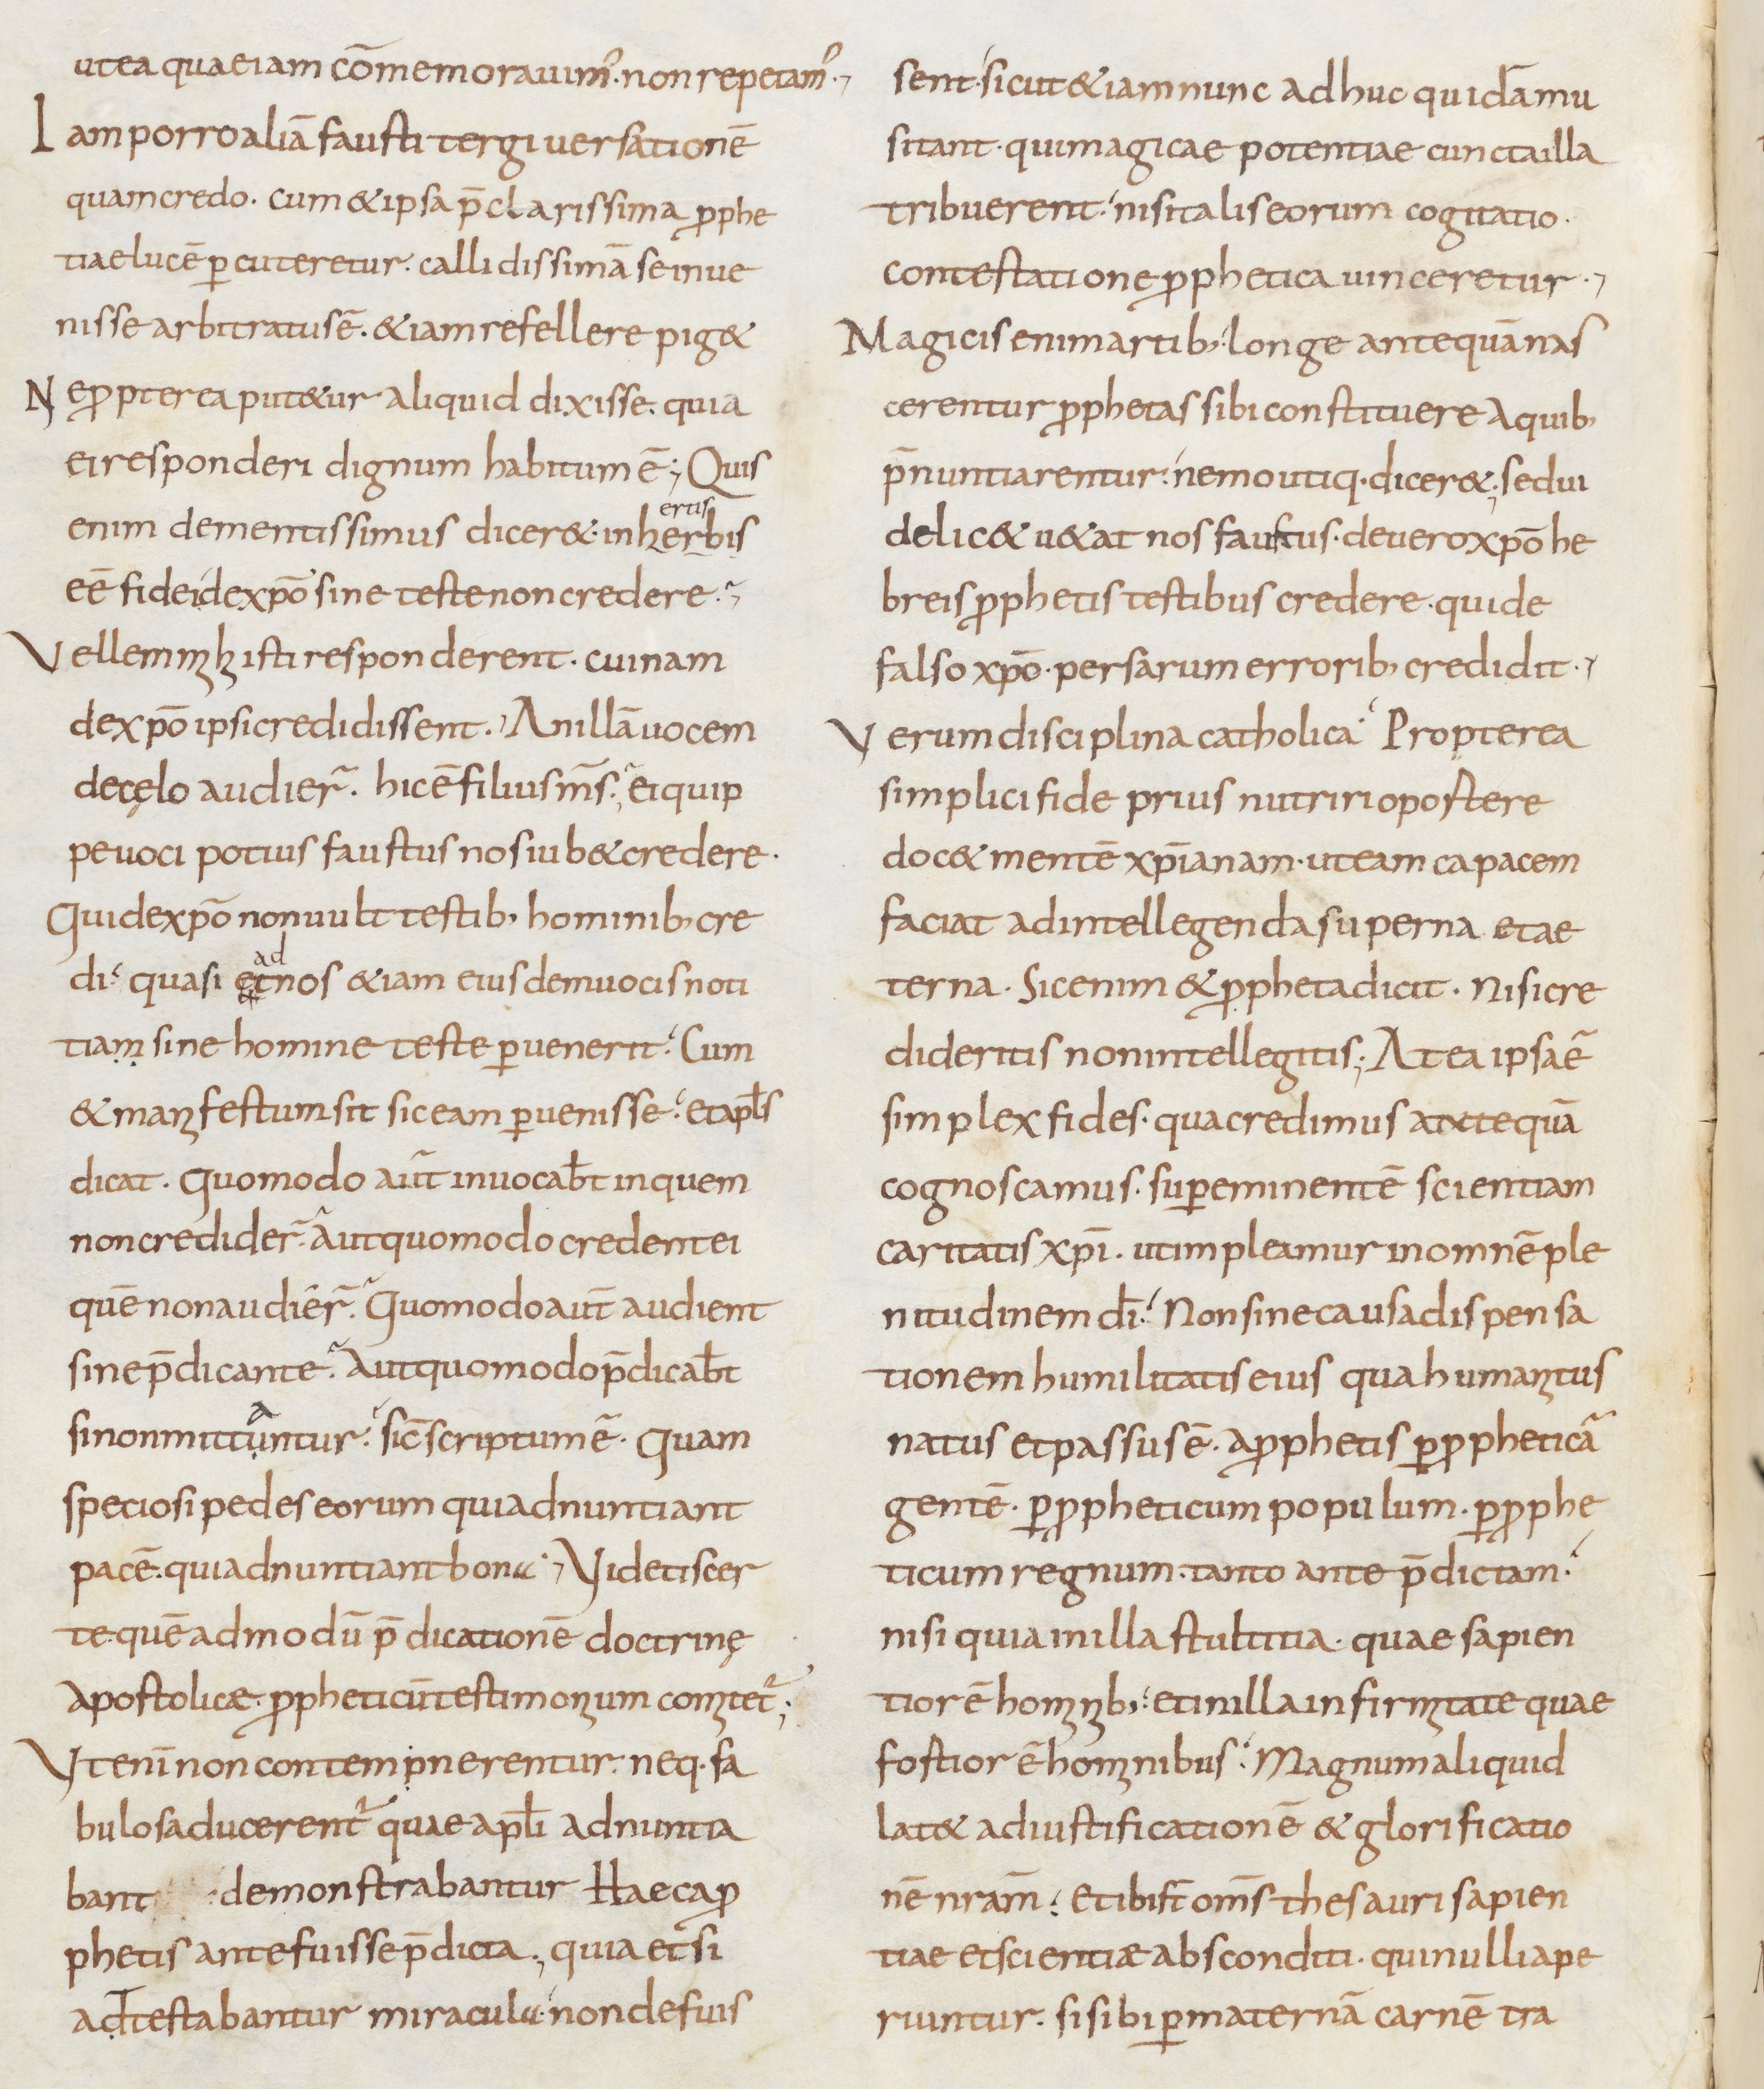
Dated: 800–899